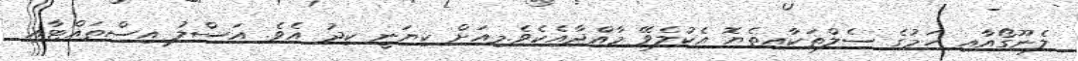
ލެނޫގޯއާއި ހަމުގެ ސެލްތަކާއިތެޔޮ އެކުލެވޭ މާއްދާއެކެވެ.މިއަށް ކިޔަނީ ކިދު އެވެ. އަސްލު އިސްތައްޓާއި